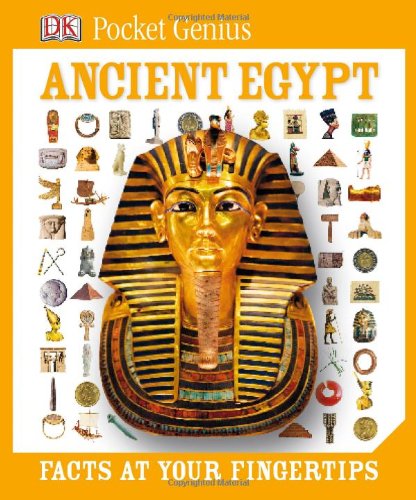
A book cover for Pocket Genius: Ancient Egypt; DK; Children's Books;